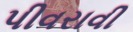
પીવરાવી